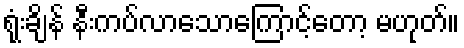
ရုံးချိန် နီးကပ်လာသောကြောင့်တော့ မဟုတ်။